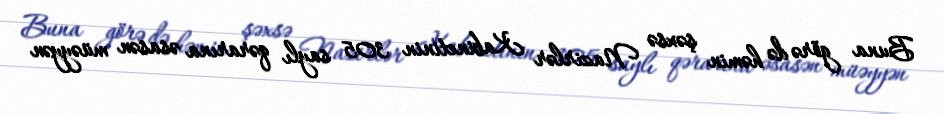
Buna görə də həmin şəxsə Nazirlər Kabinetinin 305 saylı qərarına əsasən müəyyən